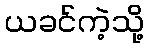
ယခင်ကဲ့သို့